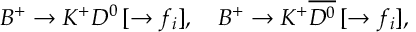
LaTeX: B ^ { + } \to K ^ { + } D ^ { 0 } \, [ \to f _ { i } ] , \quad B ^ { + } \to K ^ { + } \overline { { { D ^ { 0 } } } } \, [ \to f _ { i } ] ,